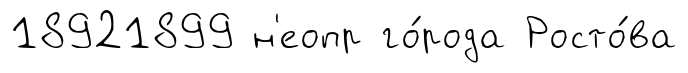
18921899 н'еопр го́рода Росто́ва